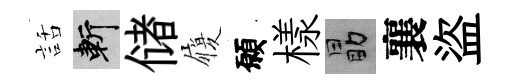
話斬储履願樣勗襄盜